system: You are a helpful assistant.
user:
Analyze the provided spectrum to determine if it is a **M-type Giant (gM)**.

A M-type Giant spectrum is defined by its **strong molecular absorption** features, particularly from **Titanium Oxide (TiO)**. You must check for one of the following mutually exclusive signatures:

- **Key Visual Indicators (Absorption-Dominated Spectrum):**

    - **(Primary):** The spectrum is dominated by strong molecular absorption from **Titanium Oxide (TiO)**. This is the **defining feature** of its M-type temperature class.
        - **(Key Bandheads):** Look for sharp, "saw-tooth" absorption valleys. The strongest are located near **~7050 Å**, **~6160 Å**, and **~5170 Å**.
        - **(Line Profile):** The "saw-tooth" morphology is critical: a **sharp, steep drop on the BLUE (short-wavelength) side** of the bandhead, followed by a gradual recovery (rising flux) towards the RED (long-wavelength) side.

    - **(Key Confirmation - Giant vs. Dwarf):** **ABSENCE** of strong **Calcium Hydride (CaH)** molecular bands. This is the primary diagnostic for *excluding* M-dwarfs.
        - **(Key Region):** The spectrum should lack the strong, broad absorption band seen in dwarfs between **~6800 Å and ~7000 Å**.

    - **(Secondary Confirmation - Giant):** A very strong and broad **Neutral Calcium (Ca I)** atomic absorption line.
        - **(Key Line):** Located at **~4226 Å**. In a giant (gM), this line is significantly deeper and broader than the same line in an M-dwarf (dM) due to low surface gravity.

    - **(Overall Spectrum):**
        - The continuum is **extremely red-sloping** (i.e., flux is very low in the blue and rises dramatically towards the red).
        - The entire spectrum appears "chopped up" by the deep TiO bands.

Think first, call **spectral_visualization_tool** if needed to examine features in detail, then provide your final answer. Your response must adhere to the following strict rules:
1.  **Overall Structure:** Your response must follow the format `<think>...</think> <tool_call>...</tool_call> (if a tool is used) <answer>...</answer>`.
2.  **Tool Usage Constraint:** You may only make **one** tool call per turn.
3.  **Final Answer Format:** In the `<answer>` tag, your conclusion must be inside a `\boxed{}` command (e.g., `\boxed{YES}` or `\boxed{NO}`), followed by your justification.

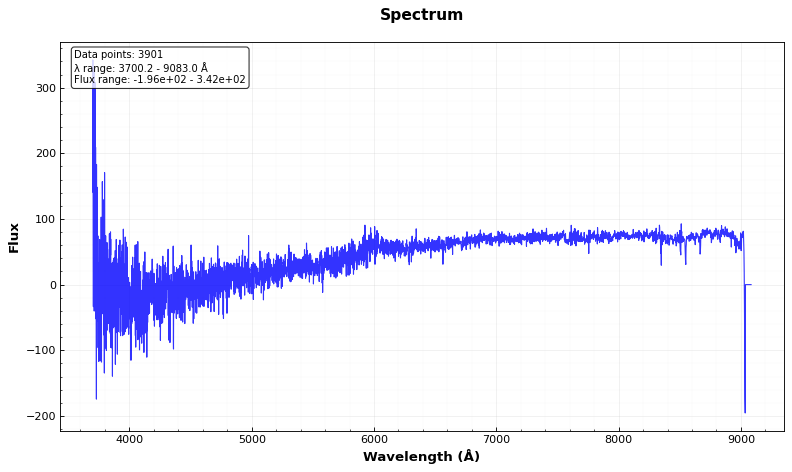
Answer: NO